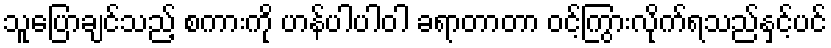
သူပြောချင်သည့် စကားကို ဟန်ပါပါဝါ ခရာတာတာ ဝင့်ကြွားလိုက်ရသည်နှင့်ပင်